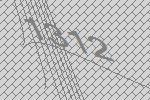
1312